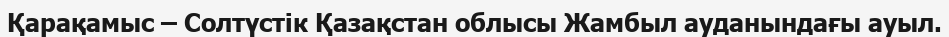
Қарақамыс – Солтүстік Қазақстан облысы Жамбыл ауданындағы ауыл.